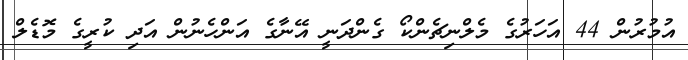
އުމުރުން 44 އަހަރުގެ މެލްނިޗެންކޯ ގެންދަނީ އޭނާގެ އަންހެނުން އަދި ކުރީގެ މޮޑެލް